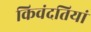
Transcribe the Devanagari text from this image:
किवंदतियां